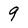
Character: 9